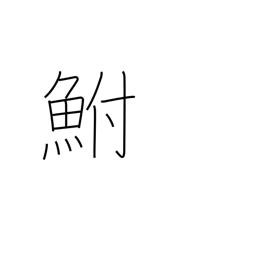
Meaning: carp